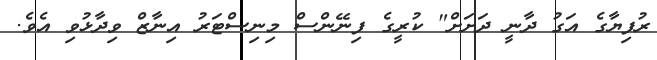
ރުފިޔާގެ އަގު ދާނީ ދަށަށް" ކުރީގެ ފިނޭންސް މިނިސްޓަރު އިނާޒް ވިދާޅުވި އެވެ.